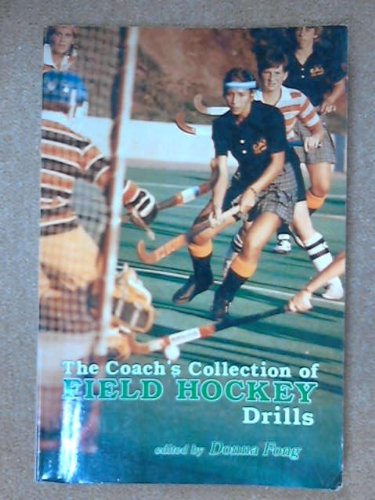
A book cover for The Coaches Collection of Field Hockey Drills (Coaches Col Fld Hockey Drill P*); Sports & Outdoors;